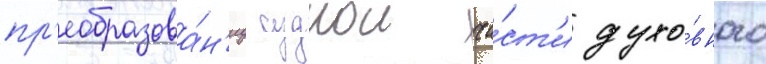
пр'еобразова́н'иу суднои ча́ст'и духо́вного